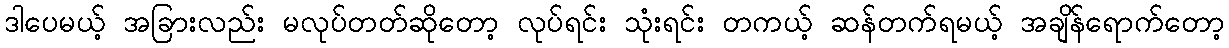
ဒါပေမယ့် အခြားလည်း မလုပ်တတ်ဆိုတော့ လုပ်ရင်း သုံးရင်း တကယ့် ဆန်တက်ရမယ့် အချိန်ရောက်တော့